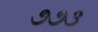
૭૭૩